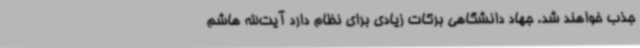
جذب خواهند شد. جهاد دانشگاهی برکات زیادی برای نظام دارد آیت‌الله هاشم